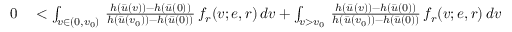
\begin{array} { r l } { 0 } & { { } < \int _ { v \in ( 0 , v _ { 0 } ) } \, \frac { h ( \bar { u } ( v ) ) - h ( \bar { u } ( 0 ) ) } { h ( \bar { u } ( v _ { 0 } ) ) - h ( \bar { u } ( 0 ) ) } \, f _ { r } ( v ; e , r ) \, d v + \int _ { v > v _ { 0 } } \, \frac { h ( \bar { u } ( v ) ) - h ( \bar { u } ( 0 ) ) } { h ( \bar { u } ( v _ { 0 } ) ) - h ( \bar { u } ( 0 ) ) } \, f _ { r } ( v ; e , r ) \, d v } \end{array}